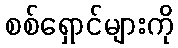
စစ်ရှောင်များကို